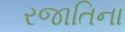
રજાતિના